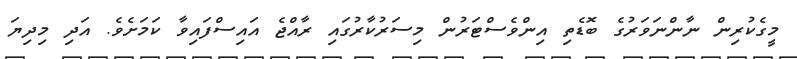
މީގެކުރިން ނާންނަވަރުގެ ބޮޑެތި އިންވެސްޓަރުން މިސަރުކާރުގައި ރާއްޖެ އައިސްފައިވާ ކަމަށެވެ. އަދި މިދިޔަ